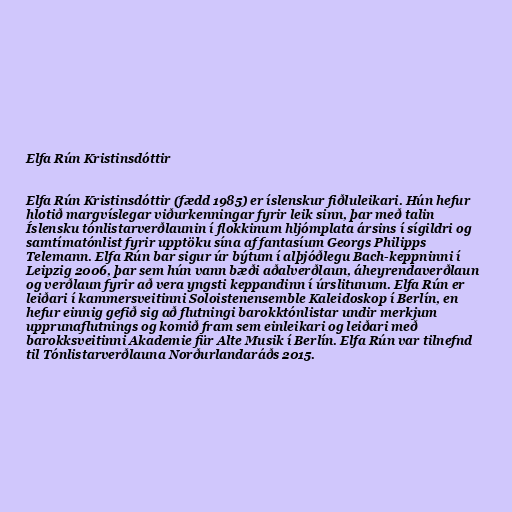
Elfa Rún Kristinsdóttir

Elfa Rún Kristinsdóttir (fædd 1985) er íslenskur fiðluleikari. Hún hefur
hlotið margvíslegar viðurkenningar fyrir leik sinn, þar með talin
Íslensku tónlistarverðlaunin í flokkinum hljómplata ársins í sígildri og
samtímatónlist fyrir upptöku sína af fantasíum Georgs Philipps
Telemann. Elfa Rún bar sigur úr býtum í alþjóðlegu Bach-keppninni í
Leipzig 2006, þar sem hún vann bæði aðalverðlaun, áheyrendaverðlaun
og verðlaun fyrir að vera yngsti keppandinn í úrslitunum. Elfa Rún er
leiðari í kammersveitinni Soloistenensemble Kaleidoskop í Berlín, en
hefur einnig gefið sig að flutningi barokktónlistar undir merkjum
upprunaflutnings og komið fram sem einleikari og leiðari með
barokksveitinni Akademie für Alte Musik í Berlín. Elfa Rún var tilnefnd
til Tónlistarverðlauna Norðurlandaráðs 2015.